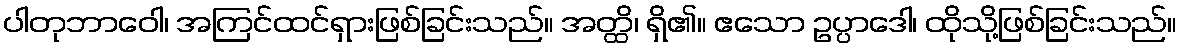
ပါတုဘာဝေါ၊ အကြင်ထင်ရှားဖြစ်ခြင်းသည်။ အတ္ထိ၊ ရှိ၏။ ဧသော ဥပ္ပာဒေါ၊ ထိုသို့ဖြစ်ခြင်းသည်။